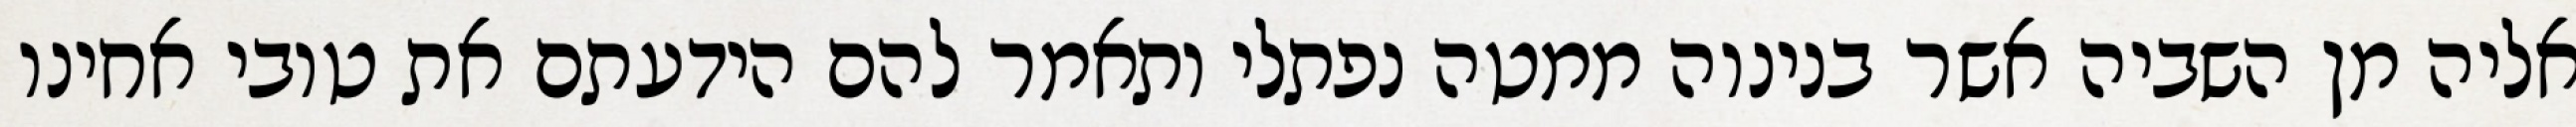
אליה מן השביה אשר בנינוה ממטה נפתלי ותאמר להם הידעתם את טובי אחינו